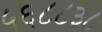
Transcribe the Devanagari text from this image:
५६८८३८